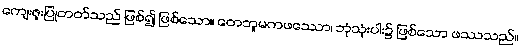
ကျေးဇူးပြုတတ်သည် ဖြစ်၍ ဖြစ်သော။ တေဘူမကဖဿော၊ ဘုံသုံးပါး၌ ဖြစ်သော ဖဿသည်။